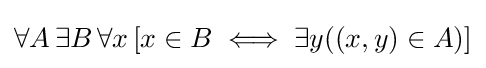
\forall A\,\exists B\,\forall x\,[x\in B\iff \exists y((x,y)\in A)]